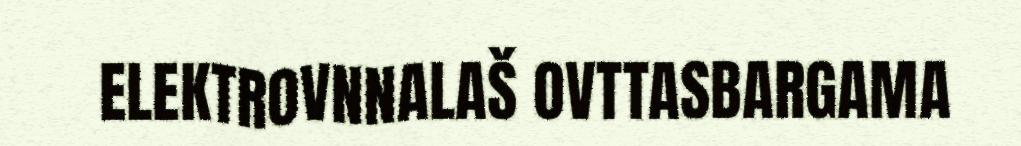
ELEKTROVNNALAŠ OVTTASBARGAMA